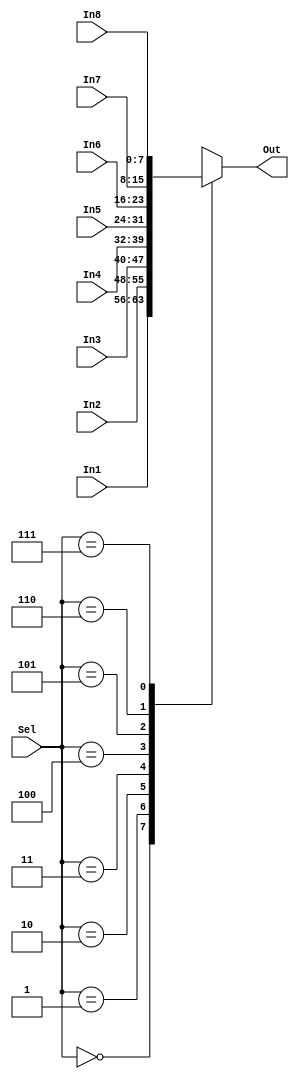
module MULTIPLEXER( Out, Sel, In1, In2, In3, In4, In5, In6, In7, In8);

input [7:0]  In1, In2, In3, In4, In5, In6, In7, In8; 

input [2:0] Sel; 

output [7:0] Out; 

reg [7:0] Out;

always @ (In1 or In2 or In3 or In4 or In5 or In6 or In7 or In8 or Sel)

begin

 case (Sel)

  3'b000 : Out = In1;
  3'b001 : Out = In2;
  3'b010 : Out = In3;
  3'b011 : Out = In4;
  3'b100 : Out = In5;
  3'b101 : Out = In6;
  3'b110 : Out = In7;
  3'b111 : Out = In8;

  default : Out = 8'bx;
  
 endcase

end  
endmodule